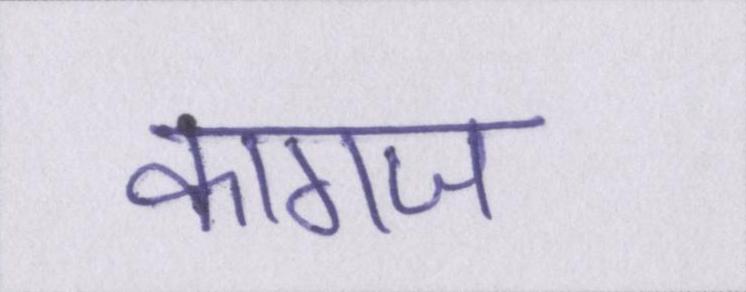
कागज